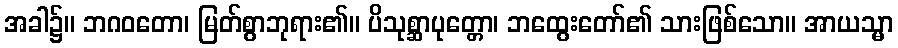
အခါ၌။ ဘဂဝတော၊ မြတ်စွာဘုရား၏။ ပိသုစ္ဆာပုတ္တော၊ ဘထွေးတော်၏ သားဖြစ်သော။ အာယသ္မာ